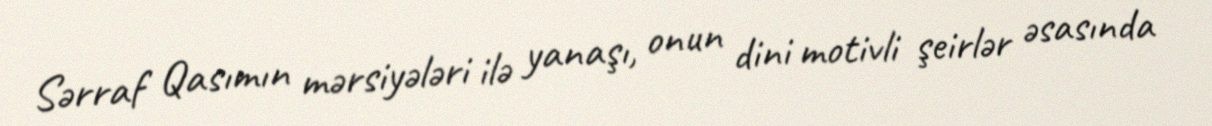
Sərraf Qasımın mərsiyələri ilə yanaşı, onun dini motivli şeirlər əsasında